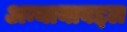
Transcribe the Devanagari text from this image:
अन्यायाबद्दल